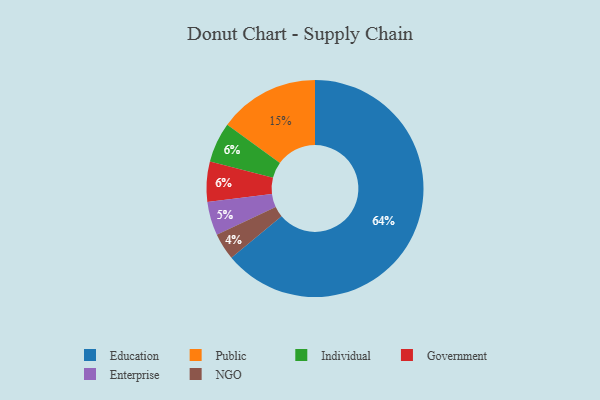
{"axis": {"x": "Category", "y": "Percentage"}, "legend": ["Education", "Enterprise", "Government", "Individual", "NGO", "Public"], "data": [{"x": "Enterprise", "y": 5, "type": "Enterprise"}, {"x": "Individual", "y": 6, "type": "Individual"}, {"x": "Education", "y": 64, "type": "Education"}, {"x": "NGO", "y": 4, "type": "NGO"}, {"x": "Government", "y": 6, "type": "Government"}, {"x": "Public", "y": 15, "type": "Public"}]}